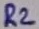
Text: R2